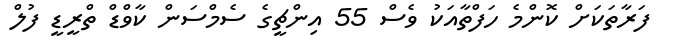
ފަރާތަކަށް ކޮންމެ ހަފްތާއަކު ވެސް 55 އިންޗީގެ ސެމްސަން ކާވްޑް ތްރީޑީ ފުލް